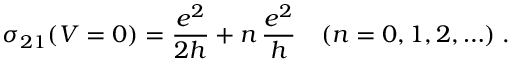
\sigma _ { 2 1 } ( V = 0 ) = \frac { e ^ { 2 } } { 2 h } + n \, \frac { e ^ { 2 } } { h } \quad ( n = 0 , 1 , 2 , \ldots ) \; .